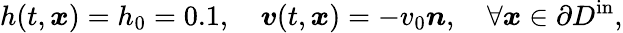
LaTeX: h(t,\boldsymbol{x})=h_{0}=0.1,\quad\boldsymbol{v}(t,\boldsymbol{x})=-v_{0}\boldsymbol{n},\quad\forall\boldsymbol{x}\in\partial D^{\mathrm{in}},